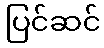
ပြင်ဆင်